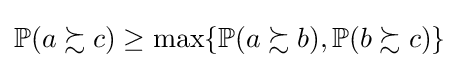
\mathbb {P} (a\succsim c)\geq \max\{\mathbb {P} (a\succsim b),\mathbb {P} (b\succsim c)\}